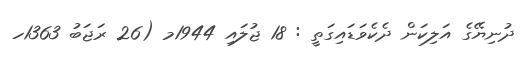
ދުނިޔޭގެ އަލިކަން ދެކެވަޑައިގަތީ : 18 ޖުލައި 1944މ (26 ރަޖަބު 1363ހ